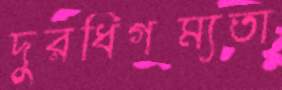
দুরধিগম্যতা